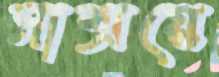
সাশ্রয়ে